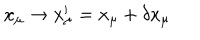
x _ { \mu } \rightarrow x _ { \mu } ^ { \prime } = x _ { \mu } + \delta x _ { \mu }